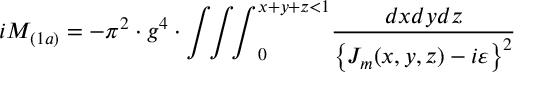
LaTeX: i { \cal M } _ { ( 1 a ) } = - \pi ^ { 2 } \cdot g ^ { 4 } \cdot { \int \! \! \int \! \! \int } _ { 0 } ^ { x + y + z < 1 } \frac { d x d y d z } { \left\{ J _ { m } ( x , y , z ) - i \varepsilon \right\} ^ { 2 } }